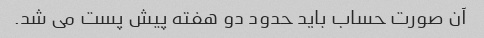
آن صورت حساب باید حدود دو هفته پیش پست می شد.